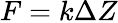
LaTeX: F=k\Delta Z